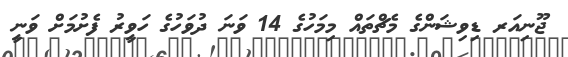
ޖޫނިއަރ ޑިވިޝަންގެ މެޗްތައް މިމަހުގެ 14 ވަނަ ދުވަހުގެ ހަވީރު ފެށުމަށް ވަނީ